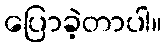
ပြောခဲ့တာပါ။